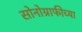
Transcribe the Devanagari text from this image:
सोनोग्राफीच्या